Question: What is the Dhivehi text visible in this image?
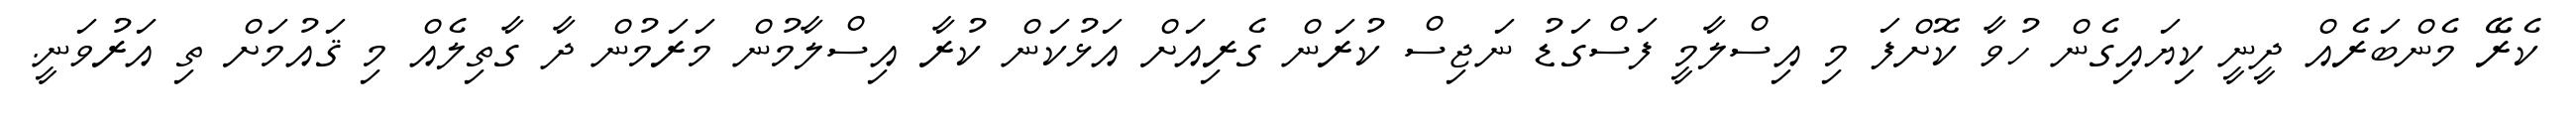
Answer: ކެރޭ މެންބަރެއް ދީނީ ކިޔައިގެން ހުވާ ކޮށްފަ މި އިސްލާމީ ފަސްގަޑު ނަޖިސް ކުރަން ގެރިއަށް އަޅުކަން ކުރާ އިސްލާމުން މަރަމުން ދާ ގާތިލެއް މި ޤައުމަށް ތި އަރުވަނީ.